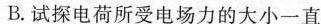
B.试探电荷所受电场力的大小一直